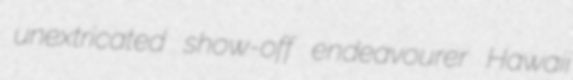
unextricated show-off endeavourer Hawaii